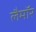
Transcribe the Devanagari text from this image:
लैमॉर